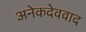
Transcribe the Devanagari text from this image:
अनेकदेववाद